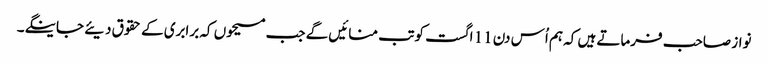
نواز صاحب فرماتے ہیں کہ ہم اُس دن 11 اگست کو تب منائیں گے جب مسیحوں کہ برابری کے حقوق دیئے جاینگے۔